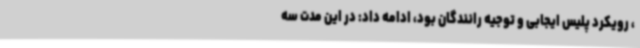
، رویکرد پلیس ایجابی و توجیه رانندگان بود، ادامه داد: در این مدت سه